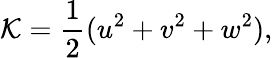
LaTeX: \mathcal{K}=\frac{1}{2}(u^{2}+v^{2}+w^{2}),